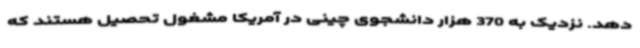
دهد. نزدیک به 370 هزار دانشجوی چینی در آمریکا مشغول تحصیل هستند که